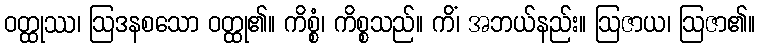
ဝတ္ထုဿ၊ ဩဒနစသော ဝတ္ထု၏။ ကိစ္စံ၊ ကိစ္စသည်။ ကိံ၊ အဘယ်နည်း။ ဩဇာယ၊ ဩဇာ၏။